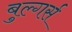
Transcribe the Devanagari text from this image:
बुल्गर्स